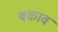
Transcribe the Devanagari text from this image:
बकाव